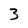
Character: 3